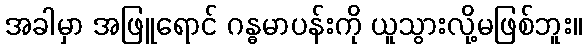
အခါမှာ အဖြူရောင် ဂန္ဓမာပန်းကို ယူသွားလို့မဖြစ်ဘူး။